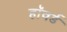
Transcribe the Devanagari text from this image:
हाॅवर्ड